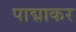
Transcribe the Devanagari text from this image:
पाद्माकर